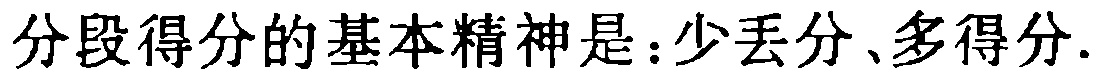
分段得分的基本精神是：少丢分、多得分.